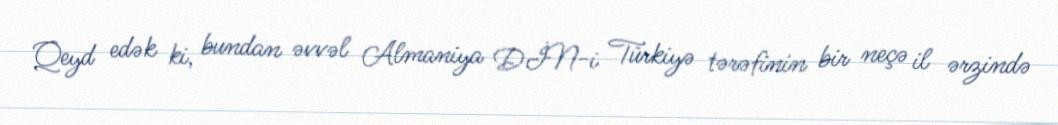
Qeyd edək ki, bundan əvvəl Almaniya DİN-i Türkiyə tərəfinin bir neçə il ərzində